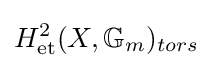
H_{\text{et}}^{2}(X,\mathbb {G} _{m})_{tors}